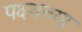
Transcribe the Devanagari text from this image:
पक्ष्यच्या